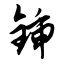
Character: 锸